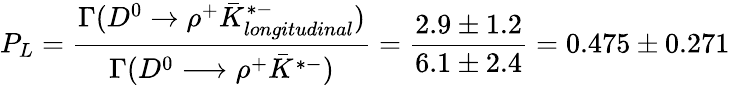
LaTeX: P_{L}={\frac{\Gamma(D^{0}\rightarrow\rho^{+}\bar{K}_{longitudinal}^{*-})}{\Gamma(D^{0}\longrightarrow\rho^{+}\bar{K}^{*-})}}={\frac{2.9\pm 1.2}{6.1\pm 2.4}}=0.475\pm 0.271